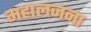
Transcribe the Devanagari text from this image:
महालजना